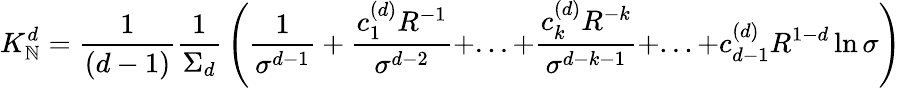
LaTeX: K_{\mathbb{N}}^{d}={\frac{{1}}{{(d-1)}}}{\frac{{1}}{{\Sigma_{d}}}}\left({\frac{{1}}{{\sigma^{d-1}}}}+{\frac{{c_{1}^{(d)}R^{-1}}}{{\sigma^{d-2}}}}+...+{\frac{{c_{k}^{(d)}R^{-k}}}{{\sigma^{d-k-1}}}}+...+c_{d-1}^{(d)}R^{1-d}\ln\sigma\right)